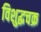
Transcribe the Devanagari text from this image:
विशुद्धचक्र